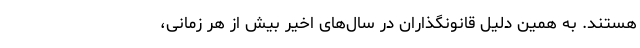
هستند. به همین دلیل قانونگذاران در سال‌های اخیر بیش از هر زمانی،